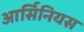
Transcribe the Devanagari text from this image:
आर्सिनियस